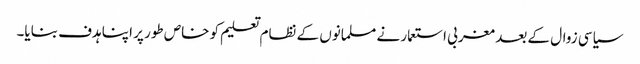
سیاسی زوال کے بعد مغربی استعمار نے مسلمانوں کے نظام تعلیم کو خاص طور پر اپنا ہدف بنایا۔